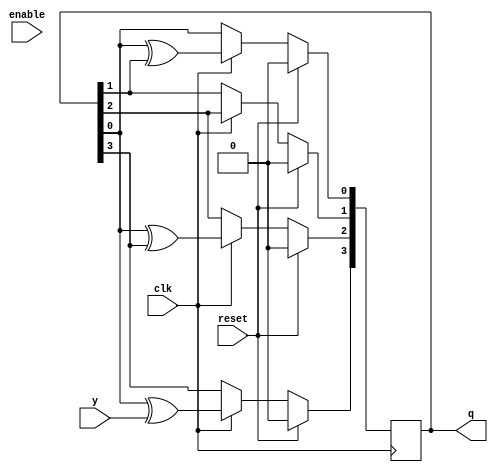
`timescale 1ns / 1ps
module sir (input clk,enable, reset,y, output reg [3:0] q);

reg [2:0] temp;
initial q = 4'b0;

always @ (posedge clk) // start generating when enable = 1 by setting check to 1
begin
	if (clk == 1) begin
	temp[0] = q[0] ^ y; // store it temporarily to later assign without clashing with cache update
	temp[1] = q[0] ^ q[3];
	temp[2] = q[0] ^ q[1];

	q[1] <= q[2];
	q[2] <= temp[1];
	q[3] <= temp[0];
	q[0] <= temp[2];
end
	if (reset == 1)	q <= 4'b0;
end

//$display("%b %b %b %b %b",a,b,c,d,y);
endmodule